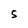
Character: S